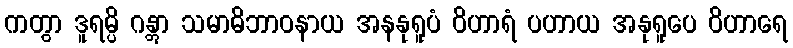
ကတွာ ဒူရမ္ပိ ဂန္တွာ သမာဓိဘာဝနာယ အနနုရူပံ ဝိဟာရံ ပဟာယ အနုရူပေ ဝိဟာရေ